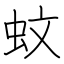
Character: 蚊